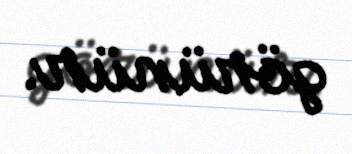
görünür.